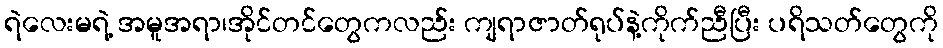
ရဲလေးမရဲ့ အမူအရာ၊အိုင်တင်တွေကလည်း ကျရာဇာတ်ရုပ်နဲ့ကိုက်ညီပြီး ပရိသတ်တွေကို